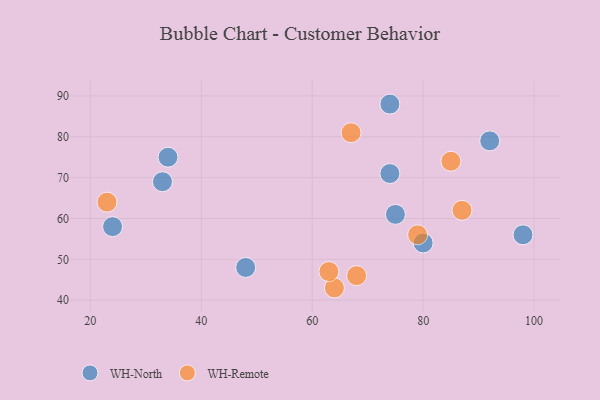
{"axis": {"x": "GDP", "y": "Life Expectancy"}, "legend": ["WH-North", "WH-Remote"], "data": [{"x": "75", "y": 61, "type": "WH-North"}, {"x": "98", "y": 56, "type": "WH-North"}, {"x": "48", "y": 48, "type": "WH-North"}, {"x": "33", "y": 69, "type": "WH-North"}, {"x": "74", "y": 88, "type": "WH-North"}, {"x": "92", "y": 79, "type": "WH-North"}, {"x": "34", "y": 75, "type": "WH-North"}, {"x": "80", "y": 54, "type": "WH-North"}, {"x": "74", "y": 71, "type": "WH-North"}, {"x": "24", "y": 58, "type": "WH-North"}, {"x": "68", "y": 46, "type": "WH-Remote"}, {"x": "79", "y": 56, "type": "WH-Remote"}, {"x": "87", "y": 62, "type": "WH-Remote"}, {"x": "85", "y": 74, "type": "WH-Remote"}, {"x": "64", "y": 43, "type": "WH-Remote"}, {"x": "63", "y": 47, "type": "WH-Remote"}, {"x": "67", "y": 81, "type": "WH-Remote"}, {"x": "23", "y": 64, "type": "WH-Remote"}]}